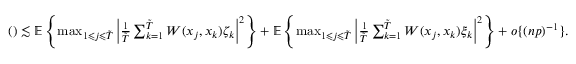
\begin{array} { r l } & { ( ) \lesssim \mathbb { E } \left\{ \operatorname* { m a x } _ { 1 \leqslant j \leqslant \tilde { T } } \left| \frac { 1 } { \tilde { T } } \sum _ { k = 1 } ^ { \tilde { T } } W ( x _ { j } , x _ { k } ) \zeta _ { k } \right| ^ { 2 } \right\} + \mathbb { E } \left\{ \operatorname* { m a x } _ { 1 \leqslant j \leqslant \tilde { T } } \left| \frac { 1 } { \tilde { T } } \sum _ { k = 1 } ^ { \tilde { T } } W ( x _ { j } , x _ { k } ) \xi _ { k } \right| ^ { 2 } \right\} + o \{ ( n p ) ^ { - 1 } \} . } \end{array}